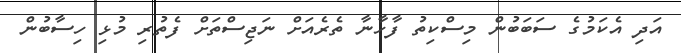
އަދި އެކަމުގެ ސަބަބުން މިސްކިތު ފާހާނާ ތެރެއަށް ނަޖިސްތަށް ފެތުރި މުޅި ހިސާބުން